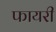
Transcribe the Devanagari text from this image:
फायरी